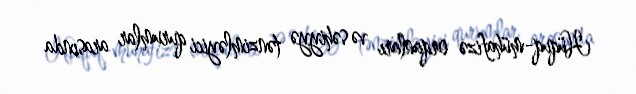
Hüquq-mühafizə orqanları və səhiyyə tənzimləyici qurumlar arasında